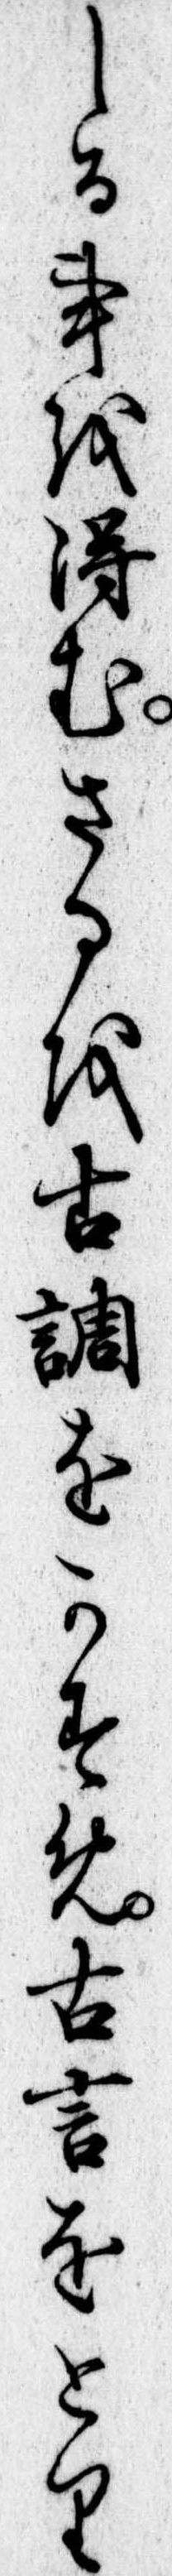
しる事を得むさるを古調をかすめ古言をとり